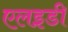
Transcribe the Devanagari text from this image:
एलइडी